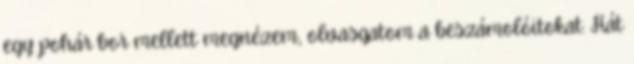
egy pohár bor mellett megnézem, olvasgatom a beszámolóitokat. Hát